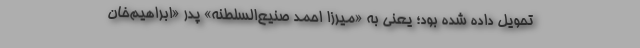
تحویل داده شده بود؛ یعنی به «میرزا احمد صنیع‌السلطنه» پدر «ابراهیم‌خان